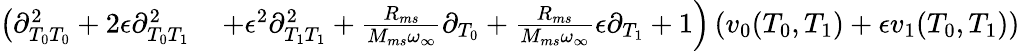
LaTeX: \begin{array}{rl}{\left(\partial_{T_{0}T_{0}}^{2}+2\epsilon\partial_{T_{0}T_{1}}^{2}\right.}&{{}\left.+\epsilon^{2}\partial_{T_{1}T_{1}}^{2}+\frac{R_{ms}}{M_{ms}\omega_{\infty}}\partial_{T_{0}}+\frac{R_{ms}}{M_{ms}\omega_{\infty}}\epsilon\partial_{T_{1}}+1\right)\left(v_{0}(T_{0},T_{1})+\epsilon v_{1}(T_{0},T_{1})\right)}\end{array}